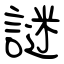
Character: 謎